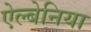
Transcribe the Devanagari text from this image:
ऐल्बेनिया